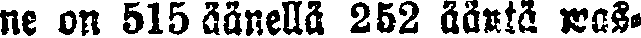
ne on 515 äänellä 252 ääntä was-